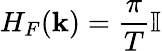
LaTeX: H_{F}({\mathbf k})=\frac{\pi}{T}\mathbb{I}